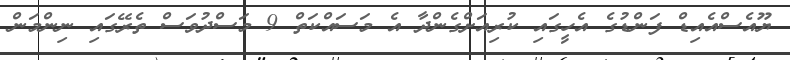
ޔޫއެސްއެއިޑް ފަންޑުގެ އެހީގައި ކުރިއަށްގެންދާ އެ މަސައްކަތް 9 މަސްދުވަސް ތެރޭގައި ނިންމަން